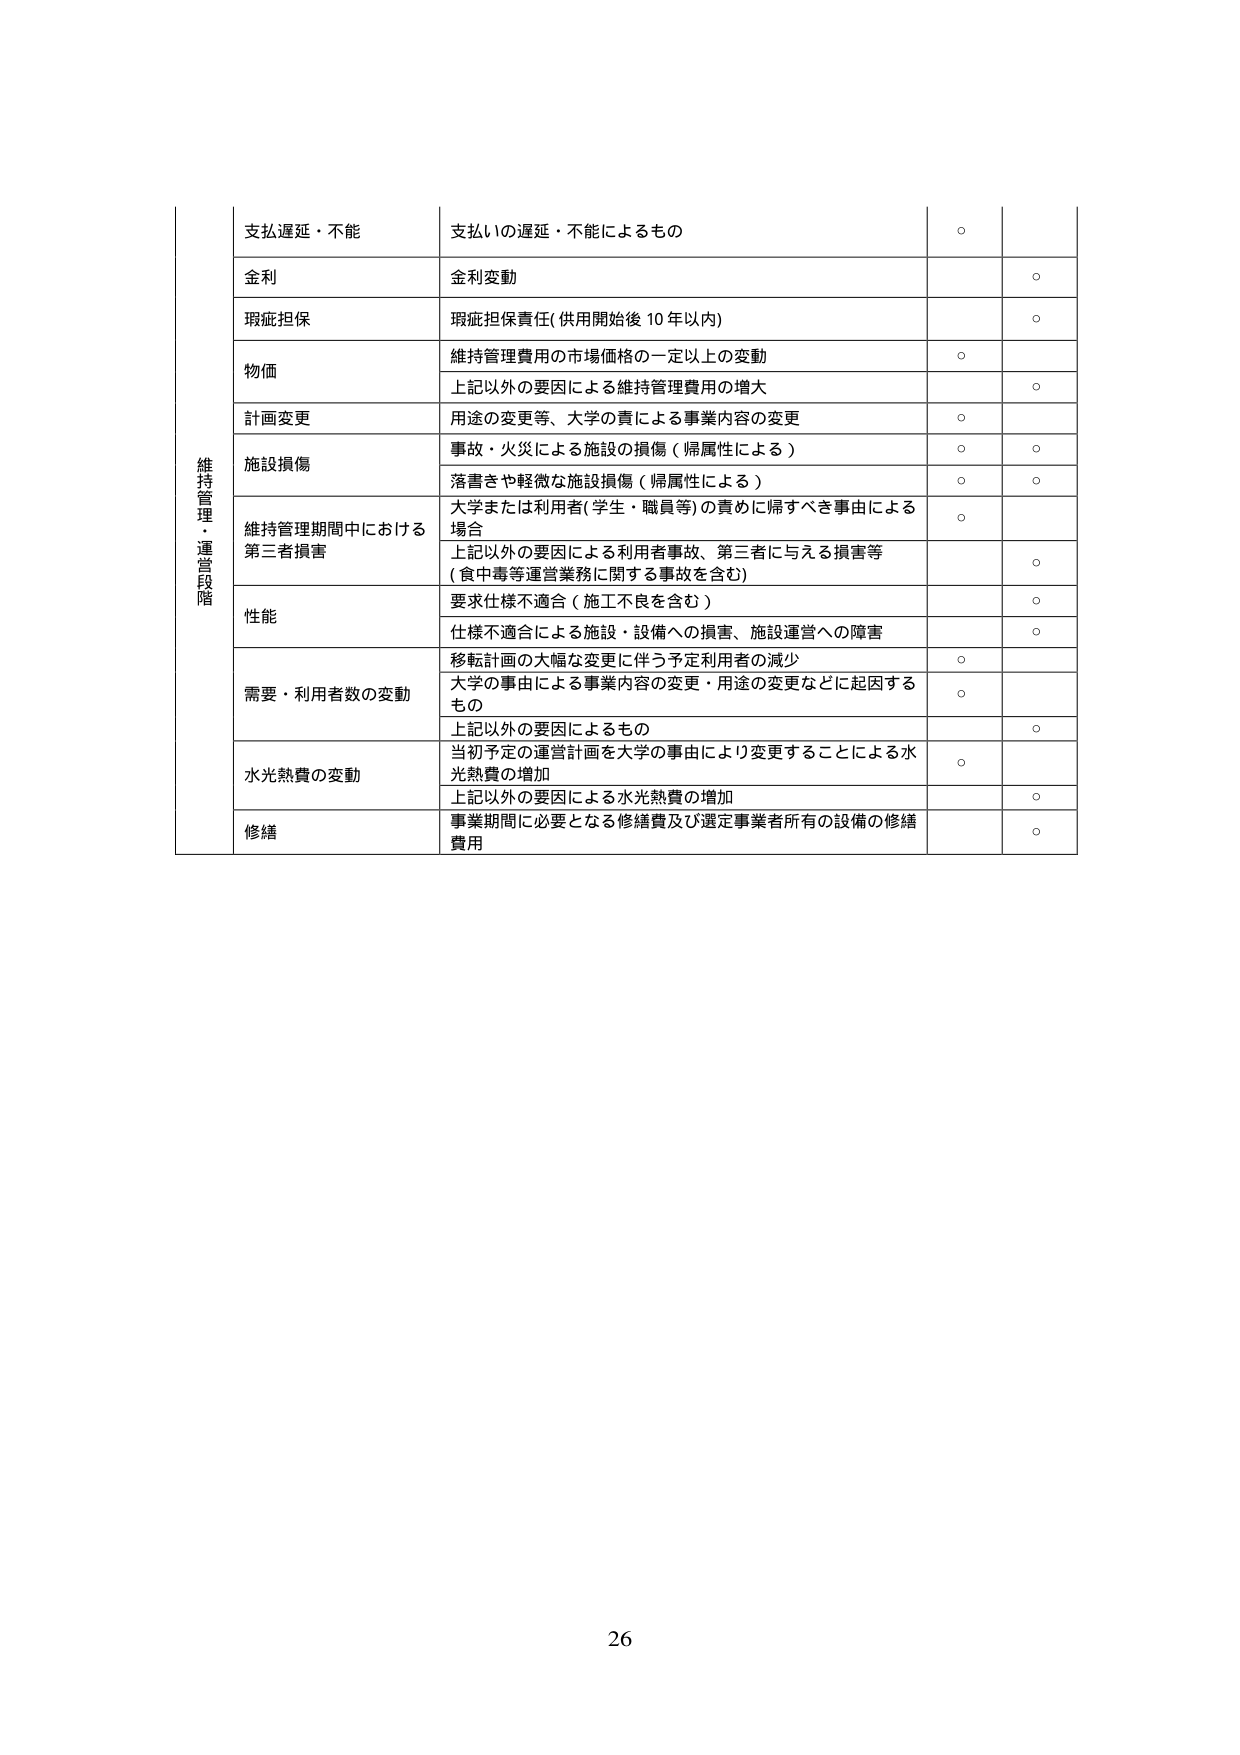
維持管理・運営段階
支払遅延・不能
支払いの遅延・不能によるもの
○

金利
金利変動
○

瑕疵担保
瑕疵担保責任(供用開始後10年以内)
○

物価
維持管理費用の市場価格の一定以上の変動
○
上記以外の要因による維持管理費用の増大
○

計画変更
用途の変更等、大学の責による事業内容の変更
○

施設損傷
事故・火災による施設の損傷（帰属性による）
○
○
落書きや軽微な施設損傷（帰属性による）
○
○

維持管理期間中における第三者損害
大学または利用者(学生・職員等)の責めに帰すべき事由による場合
○
上記以外の要因による利用者事故、第三者に与える損害等（食中毒等運営業務に関する事故を含む）
○

性能
要求仕様不適合（施工不良を含む）
○
仕様不適合による施設・設備への損害、施設運営への障害
○

需要・利用者数の変動
移転計画の大幅な変更に伴う予定利用者の減少
○
大学の事由による事業内容の変更・用途の変更などに起因するもの
○
上記以外の要因によるもの
○

水光熱費の変動
当初予定の運営計画を大学の事由により変更することによる水光熱費の増加
○
上記以外の要因による水光熱費の増加
○

修繕
事業期間に必要となる修繕費及び選定事業者所有の設備の修繕費用
○

26